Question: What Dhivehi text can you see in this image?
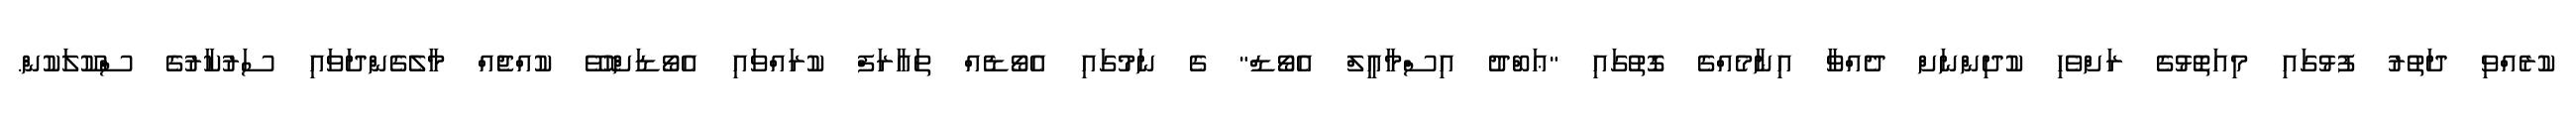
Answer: ކުރެއްވި ދަތުރު ފުޅުގައި މިއަތޮޅުގެ ރަށްވެހި ކުދިންނަށް ދެއްވާ އިނާމެއްގެ ގޮތުގައި "ޢަބްދު އިސްމާޢީލް އެވޯޑް" ގެ ނަމުގައި އެވޯޑެއް ތަޢާރަފް ކުރައްވައި އެވޯޑަށްހޮވޭ ކުއްޖެއް މާލެގެންދަވައި ސަރުކާރުގެ ސްކޫލަކުން.